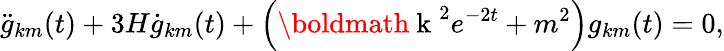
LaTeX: \ddot{g}_{km}(t)+3H\dot{g}_{km}(t)+\left(\mathrm{\boldmath~k~}^{2}e^{-2t}+m^{2}\right)g_{km}(t)=0,